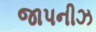
જાપનીઝ